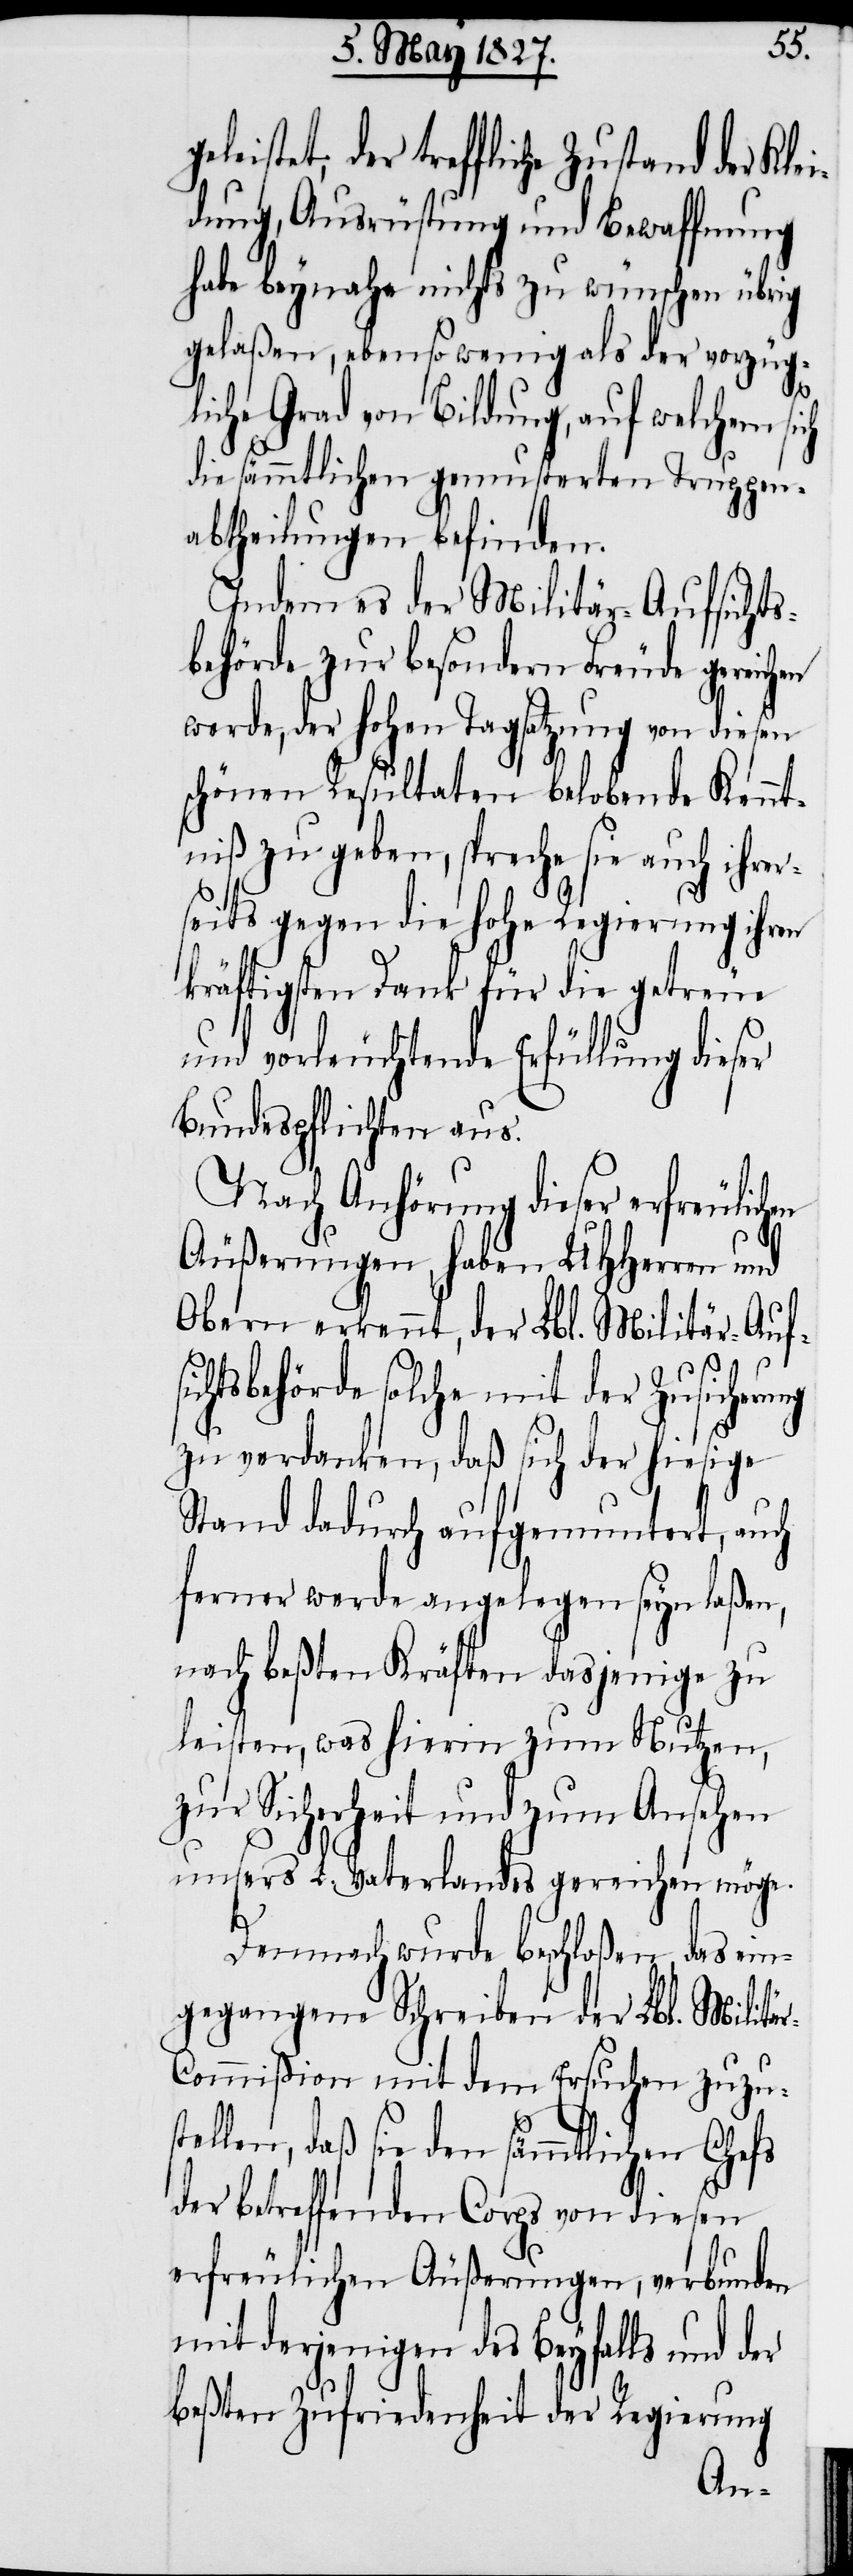
leistet, der treffliche Zustand der Klei¬
dung, Ausrüstung und Bewaffnung
habe beynahe nichts zu wünschen übrigen
gelaßen, ebenso wenig als der vorzüg¬
liche Grad von Bildung, auf welchem sich
die sämmtlichen gemusterten Truppen¬
abtheilungen befinden.
Indem es der Militär-Aufsichts¬
behörde zur besondern Freude gereichen
werde, der Hohen Tagsatzung von diesen
schönen Resultaten belobende Kennt¬
niß zu geben, spreche sie auch ihrer¬
seits gegen die Hohe Regierung ihren
kräftigsten Dank für die getreue
und vorleuchtende Erfüllung dieser
Bundespflichten aus.
Nach Anhörung dieser erfreulichen
Äußerungen, haben UHHerren und
Obern erkennt, der Lbl. Militär-Aufs¬
ichtsbehörde solche mit der Zusicherung
zu verdanken, daß sich der hiesige
Stand dadurch aufgemuntert, auch
ferner werde angelegen seyn laßen,
nach beßten Kräften dasjenige zu
leisten, was hierin zum Nutzen,
zur Sicherheit und zum Ansehen
unsers L. Vaterlandes gereichen möge.
ge¬
Demnach wurde beschloßen, das ein¬
gegangene Schreiben der Lbl. Militä¬
r-Commißion mit dem Ersuchen zuzust¬
ellen, daß sie den sämmtlichen Chefs
der betreffenden Corps von diesen
erfreulichen Äußerungen, verbunden
mit derjenigen des Beyfalls und der
beßten Zufriedenheit der Regierung